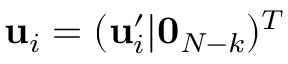
\mathbf { u } _ { i } = ( \mathbf { u } _ { i } ^ { \prime } | \mathbf { 0 } _ { N - k } ) ^ { T }